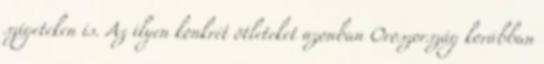
szigeteken is. Az ilyen konkrét ötleteket azonban Oroszország korábban